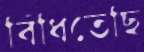
বিঁধিতেছি